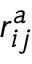
r _ { i j } ^ { a }